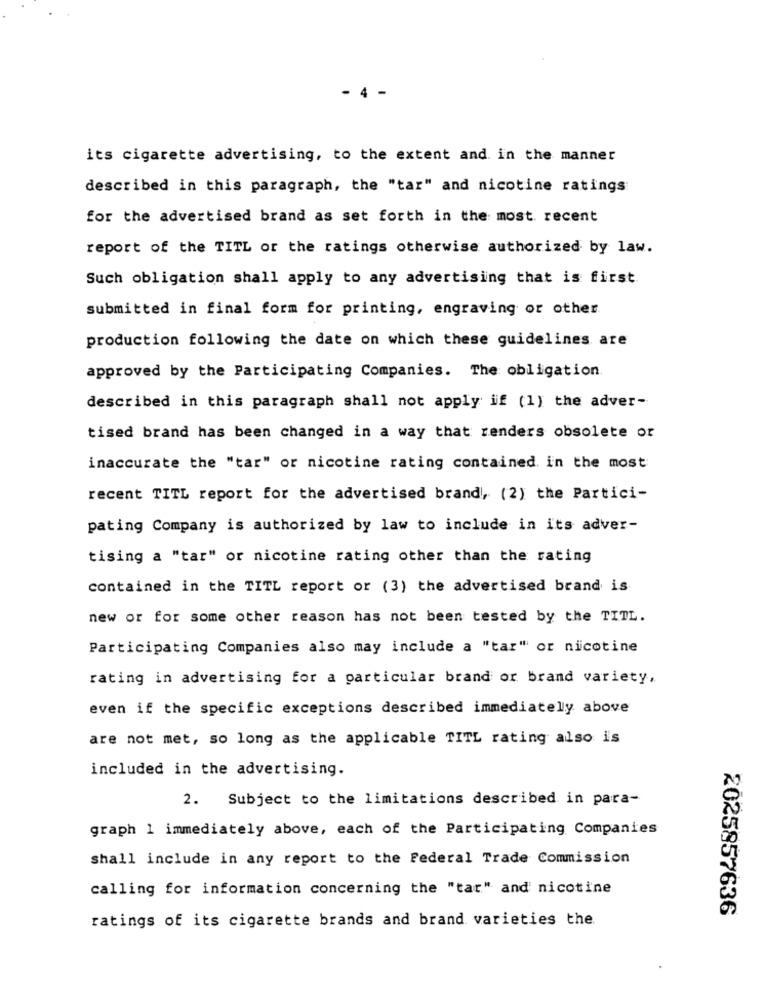
4
its cigarette advertising, to the extent and in the manner
described in this paragraph, the "tar" and nicotine ratings
for the advertised brand as set forth in the most recent
report of the TITL or the ratings otherwise authorized by law.
Such obligation shall apply to any advertising that is first
submitted in final form for printing, engraving or other
production following the date on which these guidelines are
approved by the Participating Companies. The obligation
described in this paragraph shall not apply if (1) the adver-
tised brand has been changed in a way that renders obsolete or
inaccurate the "tar" or nicotine rating contained in the most
recent TITL report for the advertised brand, (2) the Partici-
pating Company is authorized by law to include in its adver-
tising a "tar" or nicotine rating other than the rating
contained in the TITL report or (3) the advertised brand is
new or for some other reason has not been tested by the TITL.
Participating Companies also may include a "tar" or nicotine
rating in advertising for a particular brand or brand variety,
even if the specific exceptions described immediately above
are not met, so long as the applicable TITL rating also is
included in the advertising.
2. Subject to the limitations described in para-
graph 1 immediately above, each of the Participating Companies
shall include in any report to the Federal Trade Commission
calling for information concerning the "tar" and nicotine
2025857636
ratings of its cigarette brands and brand varieties the.